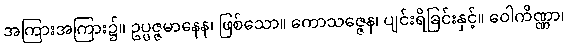
အကြားအကြား၌။ ဥပ္ပဇ္ဇမာနေန၊ ဖြစ်သော။ ကောသဇ္ဇေန၊ ပျင်းရိခြင်းနှင့်။ ဝေါကိဏ္ဏာ၊